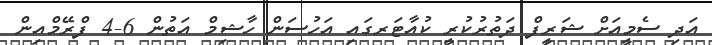
އަދި ސެމީއަށް ޝަަރީފް ދަތުރުކުރީ ކުއާޓަރގައި އަހުސަން ހާޝިމް އަތުން 6-4 ފްރޭމްއިން